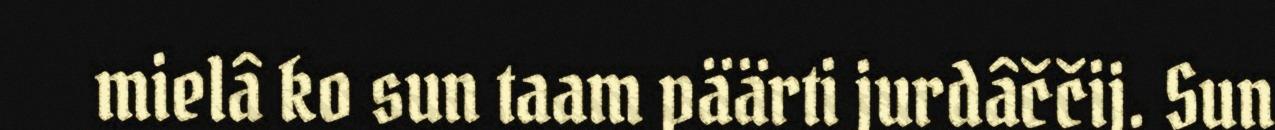
mielâ ko sun taam päärti jurdâččij. Sun